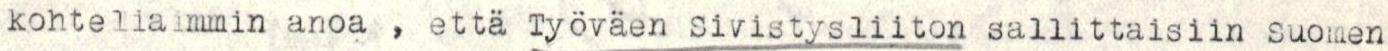
kohteliaimmin anoa , että Työväen Sivistysliiton sallittaisiin Suomen